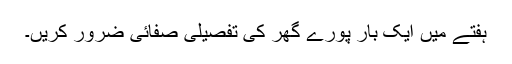
ہفتے میں ایک بار پورے گھر کی تفصیلی صفائی ضرور کریں۔